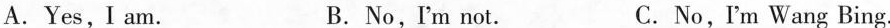
A.Yes,Iam. B.No, I'm not. C.No,I'm Wang Bing.